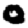
Digit: 0